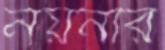
নয়নীর